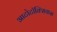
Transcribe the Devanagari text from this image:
आटोटॉक्सिकस